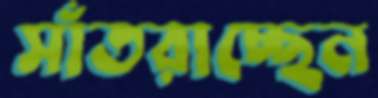
সাঁতরাচ্ছেন